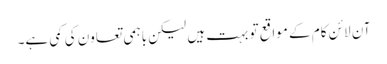
آن لائن کام کے مواقع تو بہت ہیں لیکن باہمی تعاون کی کمی ہے۔